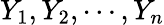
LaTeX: Y_{1},Y_{2},\cdots,Y_{n}